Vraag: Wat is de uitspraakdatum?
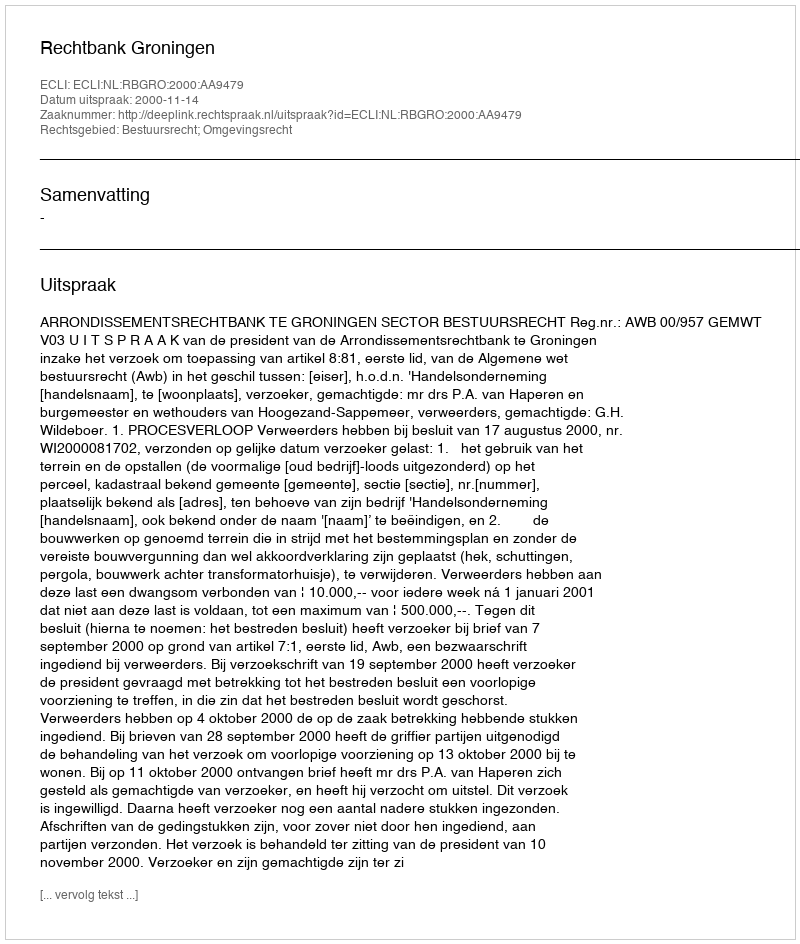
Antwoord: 2000-11-14